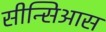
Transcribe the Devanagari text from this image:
सीन्सिआस